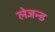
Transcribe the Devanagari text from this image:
लेजन्ड